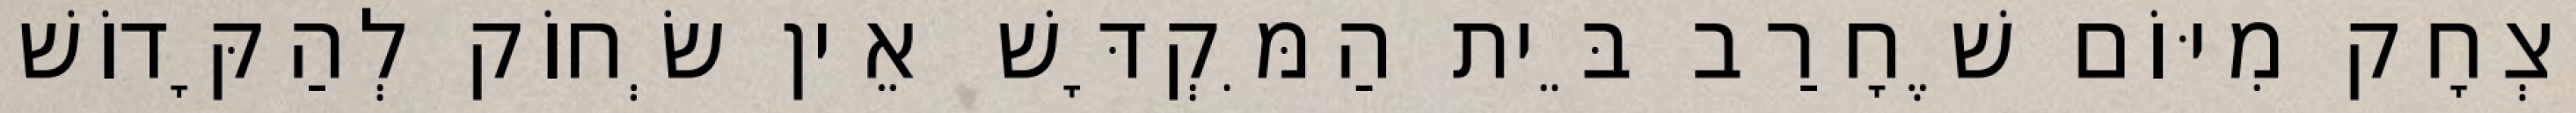
יִצְחָק מִיּוֹם שֶׁחָרַב בֵּית הַמִּקְדָּשׁ אֵין שְׂחוֹק לְהַקָּדוֹשׁ